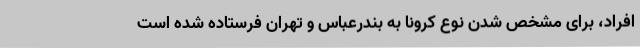
افراد، برای مشخص شدن نوع کرونا به بندرعباس و تهران فرستاده شده است